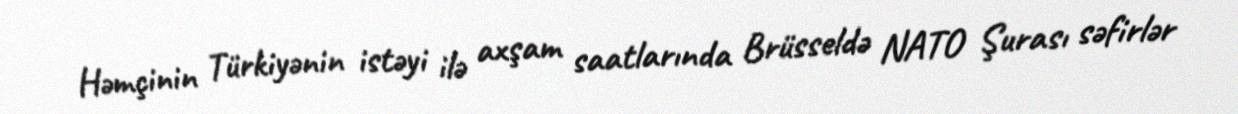
Həmçinin Türkiyənin istəyi ilə axşam saatlarında Brüsseldə NATO Şurası səfirlər